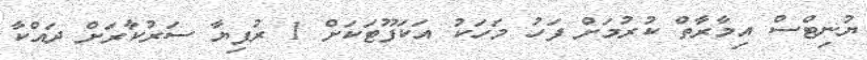
ޔުނިޓްސް އިމާރާތް ކުރުމަށް ފަހު މަހަކު އަކަފޫޓަކަށް 1 ރުފިޔާ ސަރުކާރަށް ދައްކާ